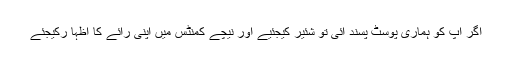
اگر آپ کو ہماری پوسٹ پسند آئی تو شئیر کیجئیے اور نیچے کمنٹس میں اپنی رائے کا اظہا رکیجئے